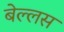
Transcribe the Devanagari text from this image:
बेल्लस